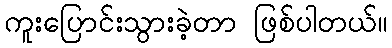
ကူးပြောင်းသွားခဲ့တာ ဖြစ်ပါတယ်။